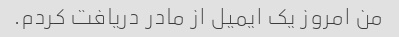
من امروز یک ایمیل از مادر دریافت کردم.